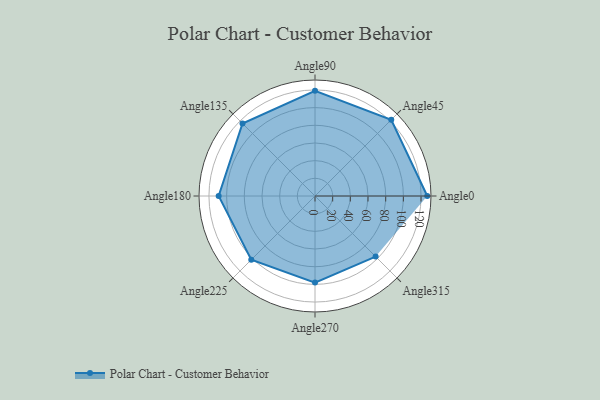
{"axis": {"x": "Angle", "y": "Radius"}, "legend": [""], "data": [{"x": "Angle0", "y": 127.0, "type": ""}, {"x": "Angle45", "y": 122.0, "type": ""}, {"x": "Angle90", "y": 119.0, "type": ""}, {"x": "Angle135", "y": 116.0, "type": ""}, {"x": "Angle180", "y": 109.0, "type": ""}, {"x": "Angle225", "y": 102.0, "type": ""}, {"x": "Angle270", "y": 98.0, "type": ""}, {"x": "Angle315", "y": 97.0, "type": ""}]}